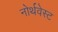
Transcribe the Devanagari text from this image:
नोर्थवेस्ट